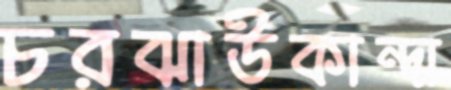
চরঝাউকান্দা